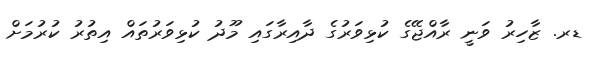
ޑރ. ޒާހިރު ވަނީ ރާއްޖޭގެ ކުޅިވަރުގެ ދާއިރާގައި މޫދު ކުޅިވަރުތައް އިތުރު ކުރުމަށް